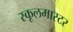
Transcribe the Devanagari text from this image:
स्कूलमास्टर